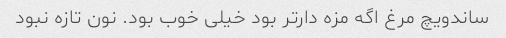
ساندویچ مرغ اگه مزه دار‌تر بود خیلی خوب بود. نون تازه نبود